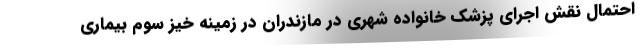
احتمال نقش اجرای پزشک خانواده شهری در مازندران در زمینه خیز سوم بیماری